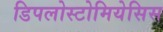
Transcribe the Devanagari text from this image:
डिपलोस्टोमियेसिस